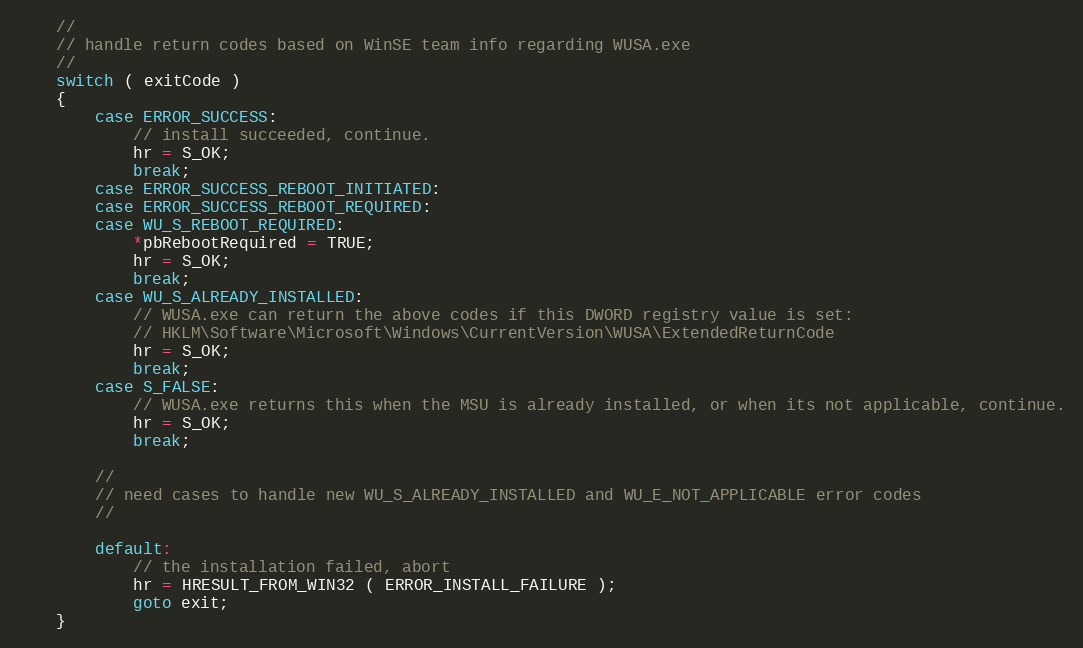
Language: C++
    //
    // handle return codes based on WinSE team info regarding WUSA.exe
    //
    switch ( exitCode )
    {
        case ERROR_SUCCESS:
            // install succeeded, continue.
            hr = S_OK;
            break;
        case ERROR_SUCCESS_REBOOT_INITIATED:
        case ERROR_SUCCESS_REBOOT_REQUIRED:
        case WU_S_REBOOT_REQUIRED:
            *pbRebootRequired = TRUE;
            hr = S_OK;
            break;
        case WU_S_ALREADY_INSTALLED:
            // WUSA.exe can return the above codes if this DWORD registry value is set:
            // HKLM\Software\Microsoft\Windows\CurrentVersion\WUSA\ExtendedReturnCode
            hr = S_OK;
            break;
        case S_FALSE:
            // WUSA.exe returns this when the MSU is already installed, or when its not applicable, continue.
            hr = S_OK;
            break;

        //
        // need cases to handle new WU_S_ALREADY_INSTALLED and WU_E_NOT_APPLICABLE error codes
        //

        default:
            // the installation failed, abort
            hr = HRESULT_FROM_WIN32 ( ERROR_INSTALL_FAILURE );
            goto exit;
    }